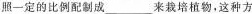
照一定的比例配制成___来裁培植物，这种方